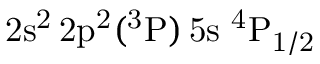
\mathrm { 2 s ^ { 2 } \, 2 p ^ { 2 } ( ^ { 3 } P ) \, 5 s ~ ^ { 4 } P _ { 1 / 2 } }